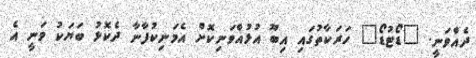
ދެއްވަނީ. "ޑޯޓުޑޯ" ހަރަކާތުގައި އިބޫ އުޅުއްވަނިކޮށް އެމަނިކުފާނާ ދެކޮޅު ބަޔަކު ވަނީ އެ